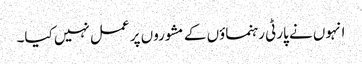
انہوں نے پارٹی رہنماؤں کے مشوروں پر عمل نہیں کیا۔